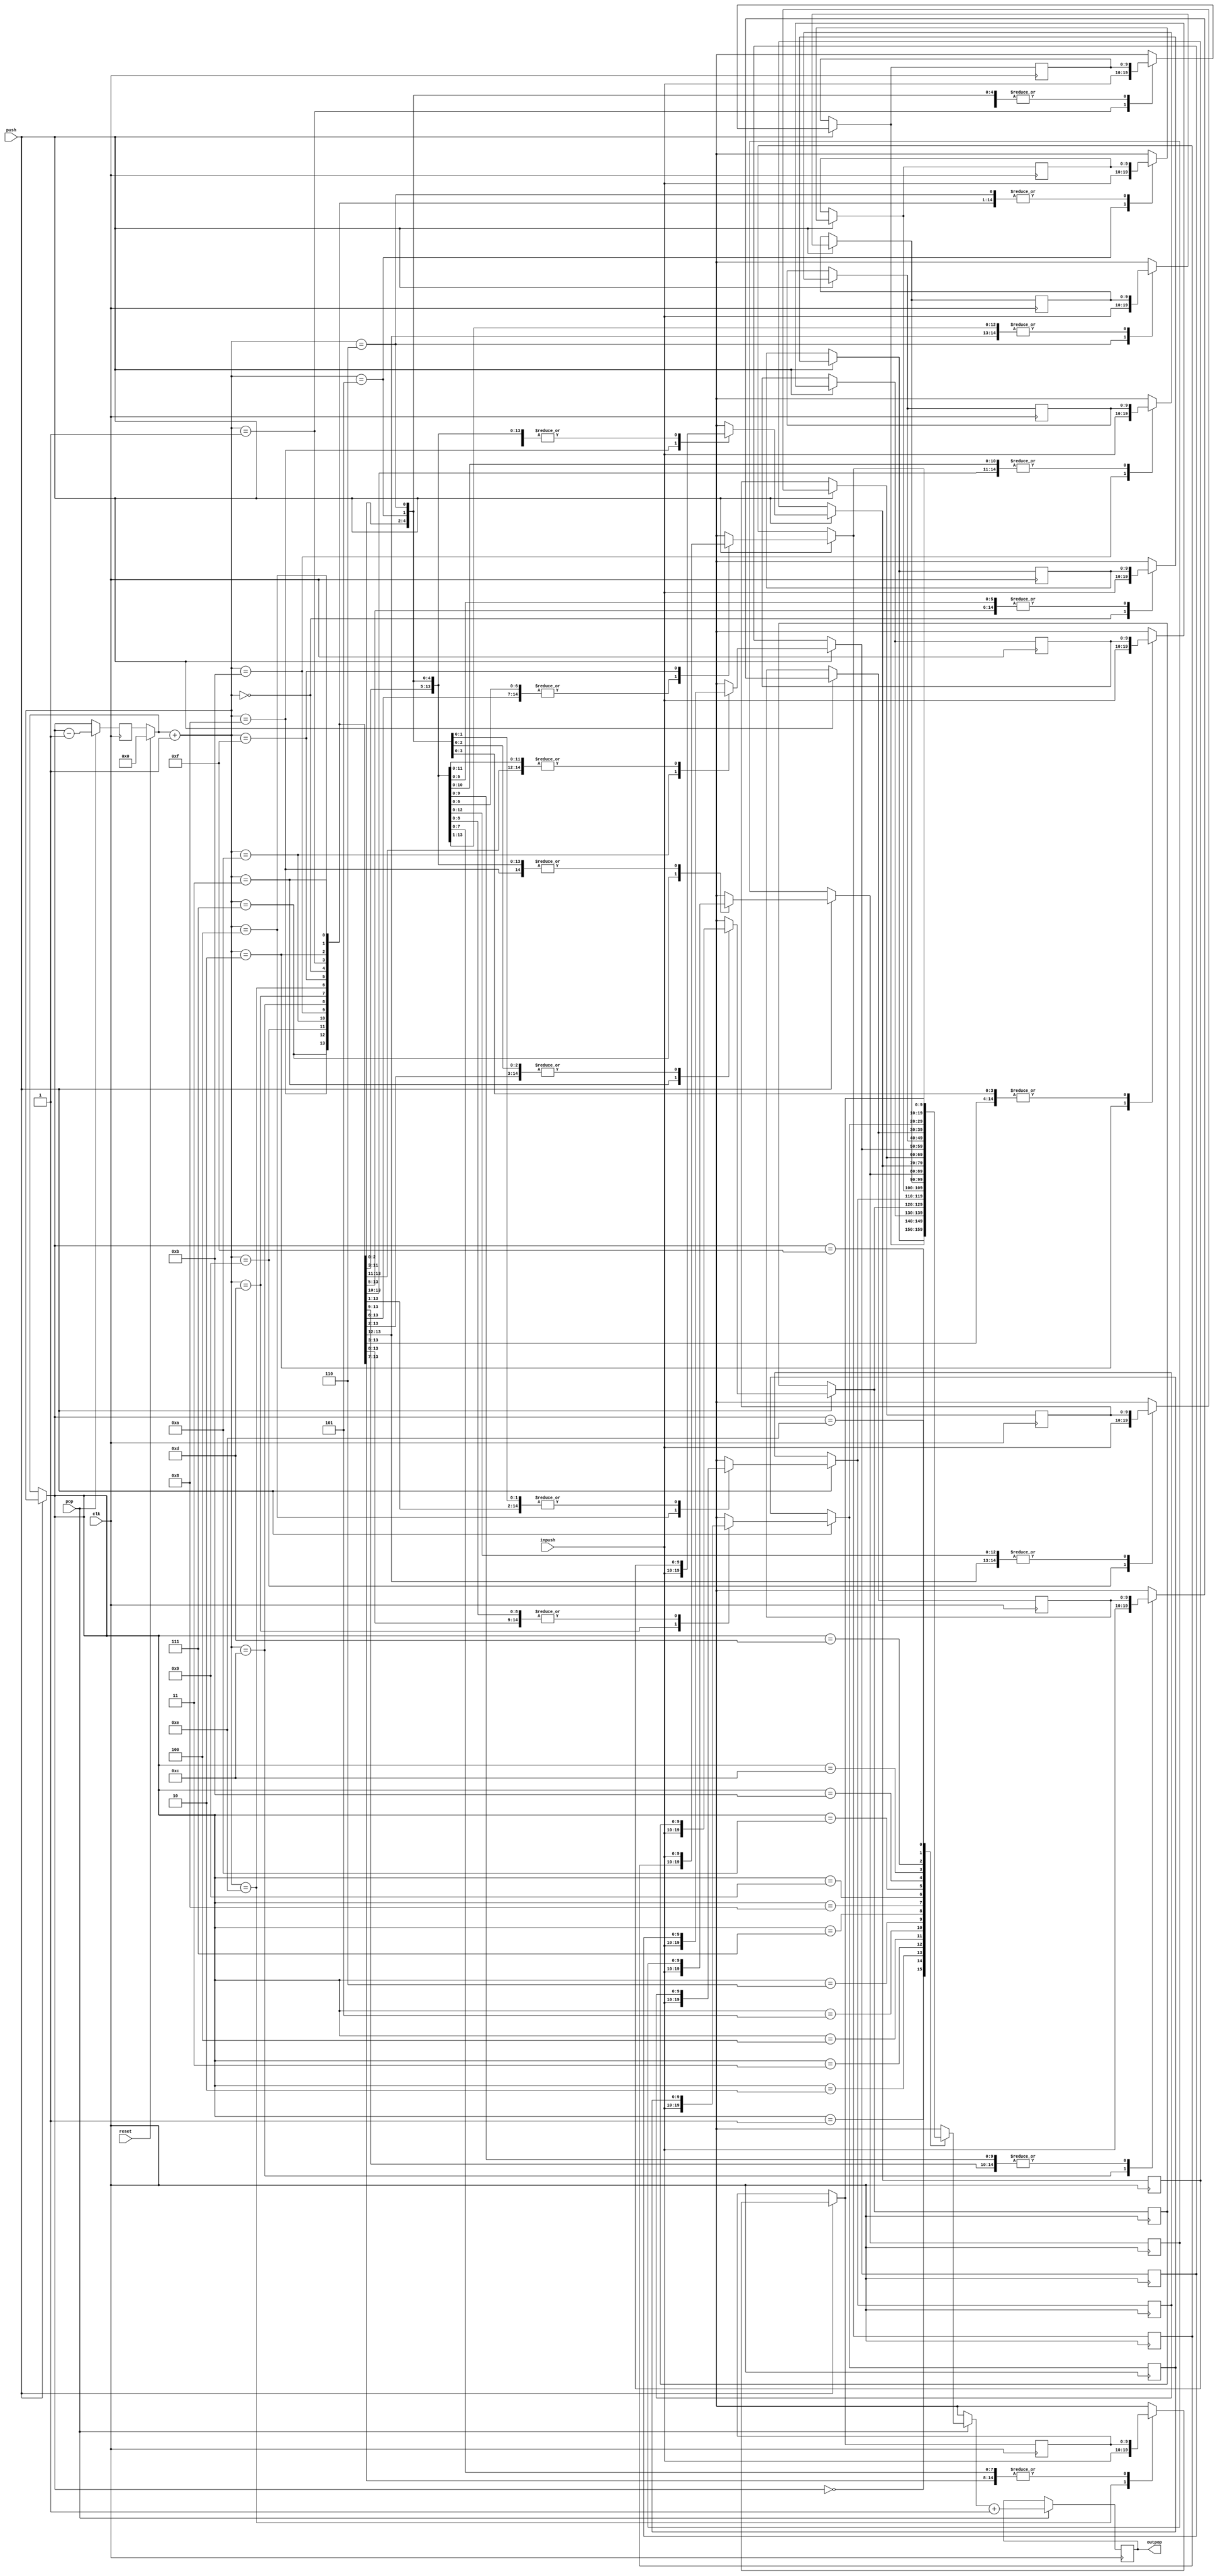
module stack(input wire clk, reset, push, pop, input wire[9:0] inpush, output reg[9:0] outpop);
reg [9:0] pila[0:15]; //Pila de 10 bits (0-1023) con 16 posiciones
reg [3:0] sp;

initial
  begin
    sp = 4'b0000;
  end

always @ (posedge clk) begin
	  if(reset) begin
		    sp = 0;
      end

      if (push) begin
        sp = sp + 4'b0001;
        pila[sp] = inpush;
      end
	  
	  if (pop) begin
        outpop = pila[sp] + 10'b0000000001;
		    sp = sp - 4'b0001;
        
      end
end


endmodule